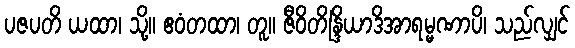
ပဇပတိ ယထာ၊ သို့။ ဧဝံတထာ၊ တူ။ ဇီဝိတိန္ဒြိယာဒိအာရမ္မဏာပိ၊ သည်လျှင်